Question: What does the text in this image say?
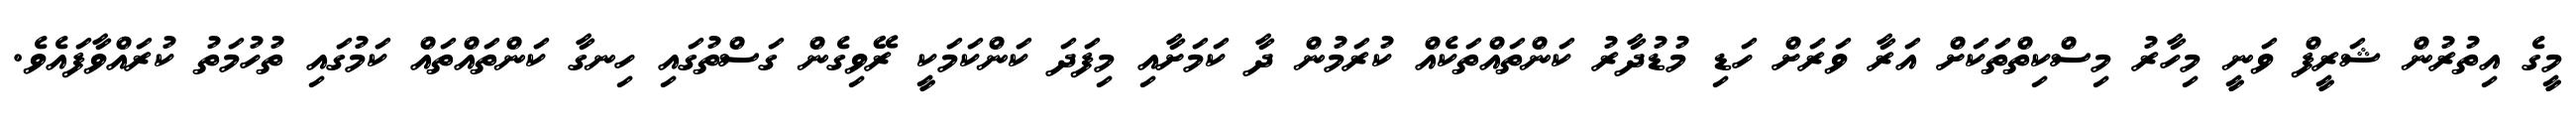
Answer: މީގެ އިތުރުން ޝަރީފް ވަނީ މިހާރު މިސްކިތްތަކަށް އަރާ ވަރަށް ހަޑި މުޑުދާރު ކަންތައްތަކެއް ކުރަމުން ދާ ކަމަށާއި މިފަދަ ކަންކަމަކީ ރޭވިގެން ގަސްތުގައި ހިނގާ ކަންތައްތައް ކަމުގައި ތުހުމަތު ކުރައްވާފައެވެ.